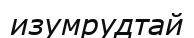
изумрудтай